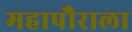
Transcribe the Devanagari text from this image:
महापौराला